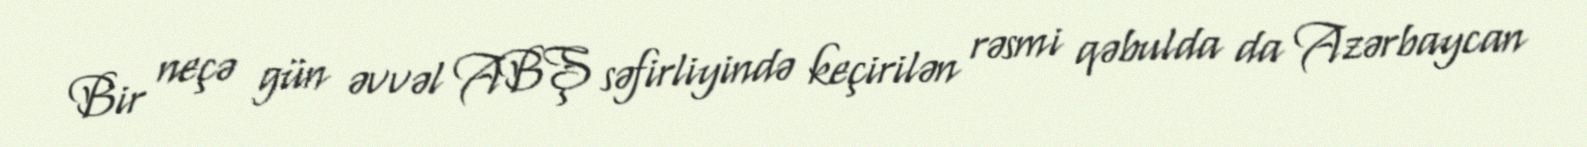
Bir neçə gün əvvəl ABŞ səfirliyində keçirilən rəsmi qəbulda da Azərbaycan